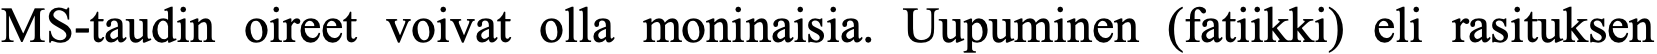
MS-taudin oireet voivat olla moninaisia. Uupuminen (fatiikki) eli rasituksen